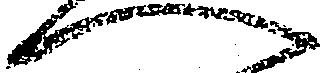
へ